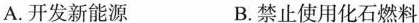
A.开发新能源 B.禁止使用化石燃料